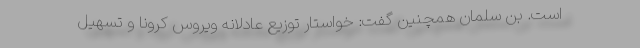
است. بن سلمان همچنین گفت: خواستار توزیع عادلانه ویروس کرونا و تسهیل